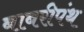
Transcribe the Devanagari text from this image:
बाबरीपंथ